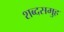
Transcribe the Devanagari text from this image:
शब्दसमुह